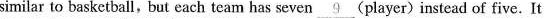
similar to basketball,but each team has seven \underline{ 9 } ( player ) instcad of five. It